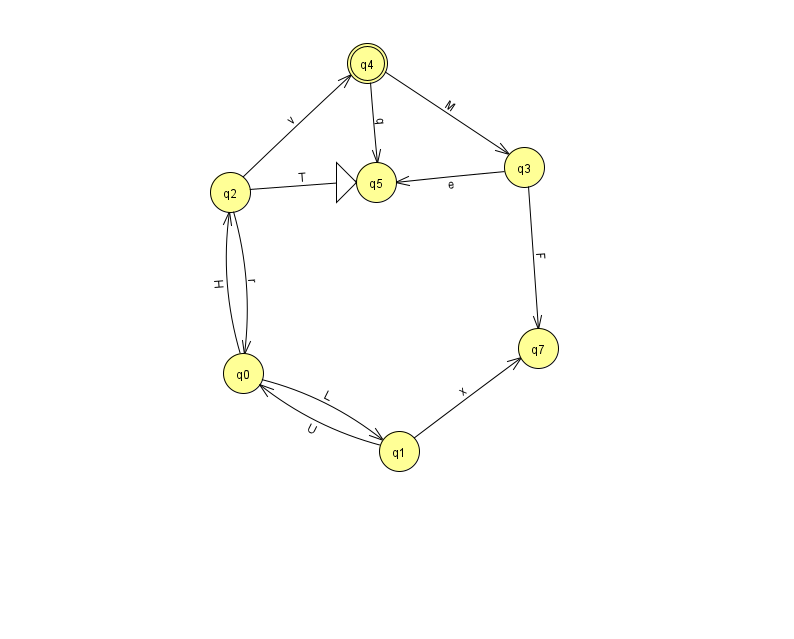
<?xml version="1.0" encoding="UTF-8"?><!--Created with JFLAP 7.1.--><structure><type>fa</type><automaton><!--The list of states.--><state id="0" name="q0"><x>243.0</x><y>360.0</y></state><state id="1" name="q1"><x>399.0</x><y>438.0</y></state><state id="2" name="q2"><x>230.0</x><y>179.0</y></state><state id="3" name="q3"><x>524.0</x><y>154.0</y></state><state id="4" name="q4"><x>367.0</x><y>50.0</y><final/></state><state id="5" name="q5"><x>376.0</x><y>169.0</y><initial/></state><state id="7" name="q7"><x>538.0</x><y>335.0</y></state><!--The list of transitions.--><transition><from>0</from><to>1</to><read>L</read></transition><transition><from>0</from><to>2</to><read>H</read></transition><transition><from>4</from><to>3</to><read>M</read></transition><transition><from>2</from><to>4</to><read>v</read></transition><transition><from>3</from><to>5</to><read>e</read></transition><transition><from>2</from><to>0</to><read>r</read></transition><transition><from>1</from><to>0</to><read>U</read></transition><transition><from>1</from><to>7</to><read>x</read></transition><transition><from>2</from><to>5</to><read>T</read></transition><transition><from>4</from><to>5</to><read>q</read></transition><transition><from>3</from><to>7</to><read>F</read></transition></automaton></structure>